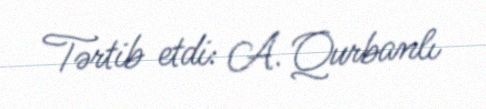
Tərtib etdi: A. Qurbanlı